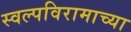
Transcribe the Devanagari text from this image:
स्वल्पविरामाच्या